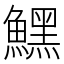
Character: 𩻤